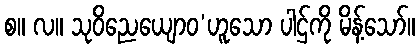
စ။ လ။ သုဝိညေယျောဝ’ဟူသော ပါဌ်ကို မိန့်သော်။